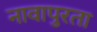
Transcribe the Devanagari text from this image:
नावापुरता